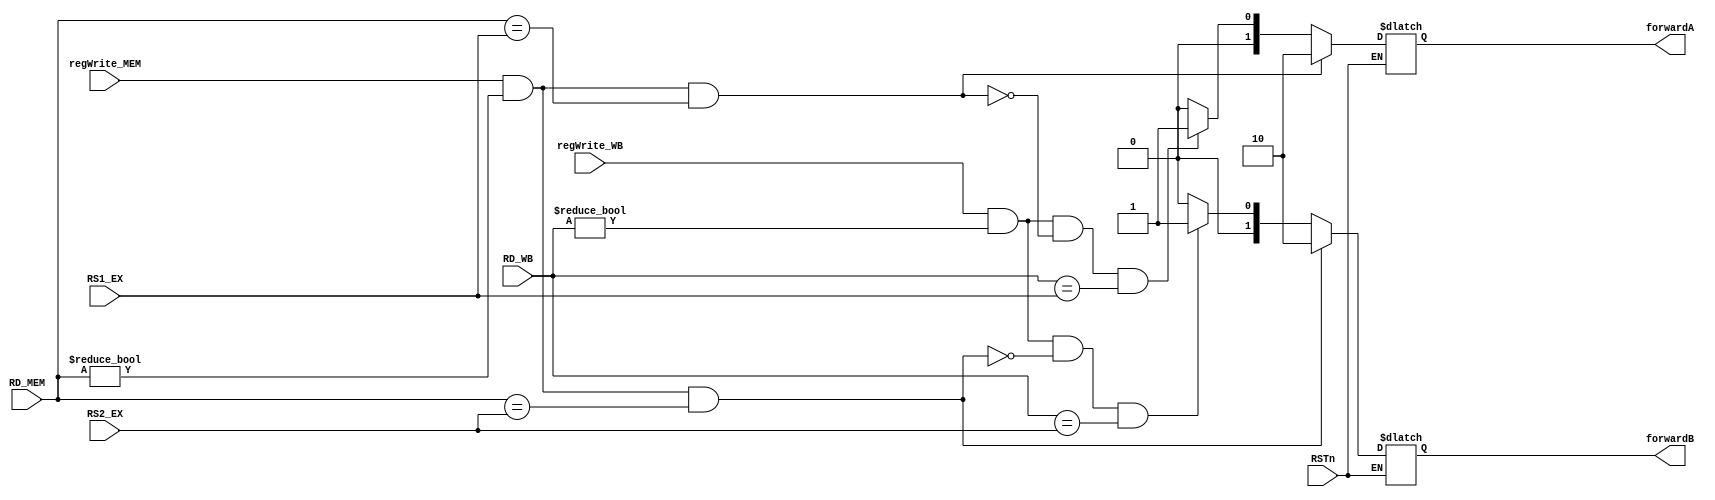
module ForwardUnit(
    input wire RSTn,  
    input wire[4:0] RS1_EX,	
    input wire[4:0] RS2_EX,        
    input wire[4:0] RD_MEM,   
    input wire[4:0] RD_WB,       
    input wire regWrite_MEM,
    input wire regWrite_WB,    
    output wire[1:0] forwardA,
    output wire[1:0] forwardB
);

    reg[1:0] forwardA_reg;
    reg[1:0] forwardB_reg;

    assign forwardA = forwardA_reg;
    assign forwardB = forwardB_reg;

    always @(*) begin
        if(RSTn == 1) begin
            //forwardA 
            if(regWrite_MEM == 1 & RD_MEM != 0 & RD_MEM == RS1_EX) begin
                forwardA_reg = 2'b10;         
            end
            else if(regWrite_WB == 1 & RD_WB != 0 & ~(regWrite_MEM ==1 & RD_MEM != 0 & RD_MEM == RS1_EX) & RD_WB == RS1_EX) begin
                forwardA_reg = 2'b01;
            end
            else begin
                forwardA_reg = 2'b00;
            end
            //forwardB 
            if(regWrite_MEM == 1 & RD_MEM != 0 & RD_MEM == RS2_EX) begin
                forwardB_reg = 2'b10;         
            end
            else if(regWrite_WB == 1 & RD_WB != 0 & ~(regWrite_MEM == 1 & RD_MEM != 0 & RD_MEM == RS2_EX) & RD_WB == RS2_EX) begin
                forwardB_reg = 2'b01;
            end
            else begin
                forwardB_reg = 2'b00;
            end



            /*
            if(regWrite_MEM == 1 & RD_MEM != 0) begin
                if(RD_MEM == RS1_EX) begin
                    forwardA_reg = 2'b10;
                    forwardB_reg = 2'b00;
                end
                else if(RD_MEM == RS2_EX) begin
                    forwardB_reg = 2'b10;
                    forwardA_reg = 2'b00;
                end
                else begin
                    forwardB_reg = 2'b00;
                    forwardA_reg = 2'b00;
                end
            end
            else if(regWrite_WB == 1 & RD_WB != 0)begin
                if(RD_WB == RS1_EX) begin
                    forwardA_reg = 2'b01;
                    forwardB_reg = 2'b00;
                end
                else if(RD_WB == RS2_EX) begin
                    forwardB_reg = 2'b01;
                    forwardA_reg = 2'b00;
                end
                else begin
                    forwardB_reg = 2'b00;
                    forwardA_reg = 2'b00;
                end
            end
            else begin
                forwardA_reg = 2'b00;
                forwardB_reg = 2'b00;
            end
            */
        end
    end
    
endmodule